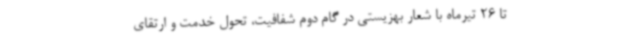
تا 26 تیرماه با شعار بهزیستی در گام دوم شفافیت، تحول خدمت و ارتقای